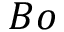
B o